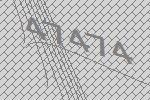
47474